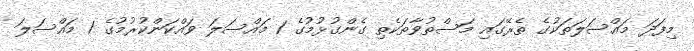
މިފަދަ މައްސަލަތަކުގެ ތެރޭގައި މަސްތުވާތަކެތި ގެންގުޅުމުގެ 1 މައްސަލަ ވައްކަންކުރުމުގެ 1 މައްސަލަ